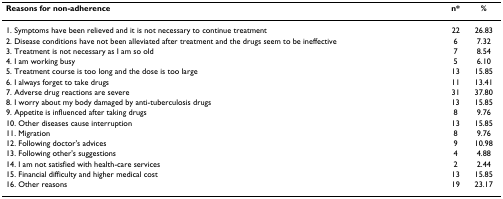
<table><thead><tr><td><b>Reasons for non-adherence</b></td><td><b>n*</b></td><td><b>%</b></td></tr></thead><tbody><tr><td>1. Symptoms have been relieved and it is not necessary to continue treatment</td><td>22</td><td>26.83</td></tr><tr><td>2. Disease conditions have not been alleviated after treatment and the drugs seem to be ineffective</td><td>6</td><td>7.32</td></tr><tr><td>3. Treatment is not necessary as I am so old</td><td>7</td><td>8.54</td></tr><tr><td>4. I am working busy</td><td>5</td><td>6.10</td></tr><tr><td>5. Treatment course is too long and the dose is too large</td><td>13</td><td>15.85</td></tr><tr><td>6. I always forget to take drugs</td><td>11</td><td>13.41</td></tr><tr><td>7. Adverse drug reactions are severe</td><td>31</td><td>37.80</td></tr><tr><td>8. I worry about my body damaged by anti-tuberculosis drugs</td><td>13</td><td>15.85</td></tr><tr><td>9. Appetite is influenced after taking drugs</td><td>8</td><td>9.76</td></tr><tr><td>10. Other diseases cause interruption</td><td>13</td><td>15.85</td></tr><tr><td>11. Migration</td><td>8</td><td>9.76</td></tr><tr><td>12. Following doctor&#x27;s advices</td><td>9</td><td>10.98</td></tr><tr><td>13. Following other&#x27;s suggestions</td><td>4</td><td>4.88</td></tr><tr><td>14. I am not satisfied with health-care services</td><td>2</td><td>2.44</td></tr><tr><td>15. Financial difficulty and higher medical cost</td><td>13</td><td>15.85</td></tr><tr><td>16. Other reasons</td><td>19</td><td>23.17</td></tr></tbody></table>